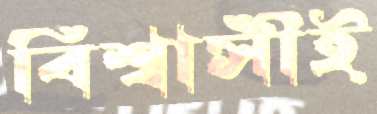
বিশ্বাসীই